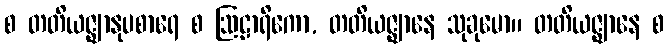
စ တတိယဇ္ဈာနုပစာရေ စ ဩဠာရိကော, တတိယဇ္ဈာနေ သုခုမော။ တတိယဇ္ဈာနေ စ